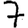
Digit: 7